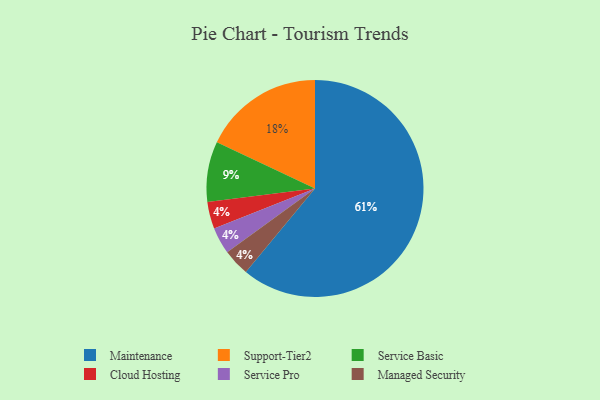
{"axis": {"x": "Category", "y": "Percentage"}, "legend": ["Cloud Hosting", "Maintenance", "Managed Security", "Service Basic", "Service Pro", "Support-Tier2"], "data": [{"x": "Maintenance", "y": 61, "type": "Maintenance"}, {"x": "Cloud Hosting", "y": 4, "type": "Cloud Hosting"}, {"x": "Support-Tier2", "y": 18, "type": "Support-Tier2"}, {"x": "Service Basic", "y": 9, "type": "Service Basic"}, {"x": "Service Pro", "y": 4, "type": "Service Pro"}, {"x": "Managed Security", "y": 4, "type": "Managed Security"}]}